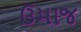
ઉમાજ